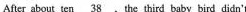
After about ten \underline{38}, the third baby bird didn't